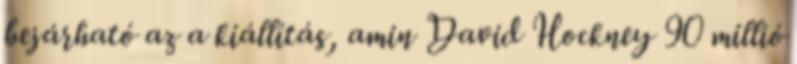
bejárható az a kiállítás, amin David Hockney 90 millió